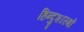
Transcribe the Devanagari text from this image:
हिन्दुशास्त्रों